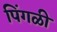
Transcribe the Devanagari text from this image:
पिंगळी